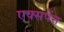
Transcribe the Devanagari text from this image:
एक्सपेंस